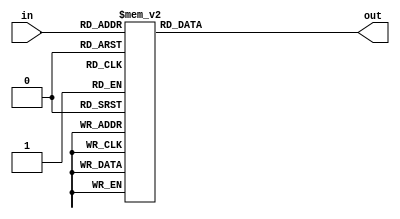
// taken from https://github.com/jovan-vukic/ps2-keyboard-interface/blob/main/src/synthesis/modules/hex.v

module hex (
    input      [3:0] in ,
    output reg [6:0] out
);

    always @(*) begin
        case (in)
            4'b0000 : out = ~7'h3F;
            4'b0001 : out = ~7'h06;
            4'b0010 : out = ~7'h5B;
            4'b0011 : out = ~7'h4F;
            4'b0100 : out = ~7'h66;
            4'b0101 : out = ~7'h6D;
            4'b0110 : out = ~7'h7D;
            4'b0111 : out = ~7'h07;
            4'b1000 : out = ~7'h7F;
            4'b1001 : out = ~7'h6F;
            4'b1010 : out = ~7'h77;
            4'b1011 : out = ~7'h7C;
            4'b1100 : out = ~7'h39;
            4'b1101 : out = ~7'h5E;
            4'b1110 : out = ~7'h79;
            4'b1111 : out = ~7'h71;
        endcase
    end

endmodule